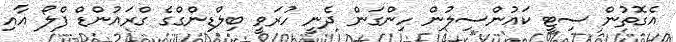
އެގޮތުން ސިޓީ ކައުންސިލުން ހިންގަން ދެނީ ހުރަވީ ބިލްޑިންގްގެ ގްރައުންޑް ފްލޯ އާއި